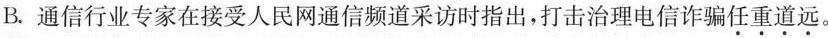
B.通信行业专家在接受人民网通信频道采访时指出，打击治理电信诈骗任重道远。